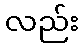
လည်း